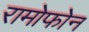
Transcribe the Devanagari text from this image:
रामोफोन